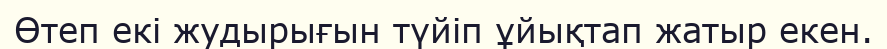
Өтеп екi жудырығын түйiп ұйықтап жатыр екен.